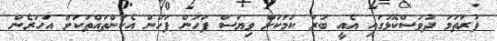
ފުރަތަމަ ދުވަސްކޮޅުގައި އެއީ ބުރަ ކަމަކަށް ވިޔަސް ފަހުން ފަހުން އެކަންތައްތަކަށް އަހަރެން